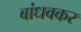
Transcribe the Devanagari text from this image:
बांधवकर